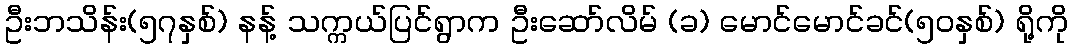
ဦးဘသိန်း(၅၇နှစ်) နန့် သက္ကယ်ပြင်ရွာက ဦးဆော်လိမ် (ခ) မောင်မောင်ခင်(၅၀နှစ်) ရို့ကို